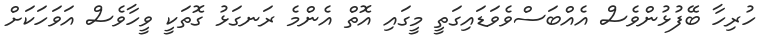
ހުރިހާ ބޭފުޅުންވެސް އެއްބަސްވެވަޑައިގަތީ މީގައި އޮތް އެންމެ ރަނގަޅު ގޮތަކީ ވީހާވެސް އަވަހަކަށް